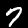
Label: 7